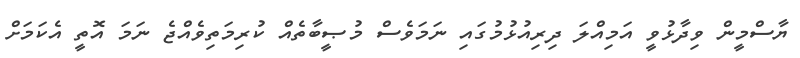
ޔާސްމީން ވިދާޅުވީ އަމިއްލަ ދިރިއުޅުމުގައި ނަމަވެސް މުޞީބާތެއް ކުރިމަތިވެއްޖެ ނަމަ އޮތީ އެކަމަށް